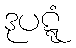
ဒုပဋ္ဋံ